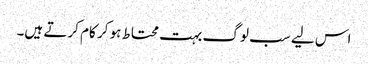
اس لیے سب لوگ بہت محتاط ہو کر کام کرتے ہیں۔